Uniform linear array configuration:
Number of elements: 12
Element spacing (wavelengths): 0.5
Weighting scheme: binomial
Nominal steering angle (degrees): -60
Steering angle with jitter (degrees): -61.818
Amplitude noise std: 0.05
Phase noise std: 0.05

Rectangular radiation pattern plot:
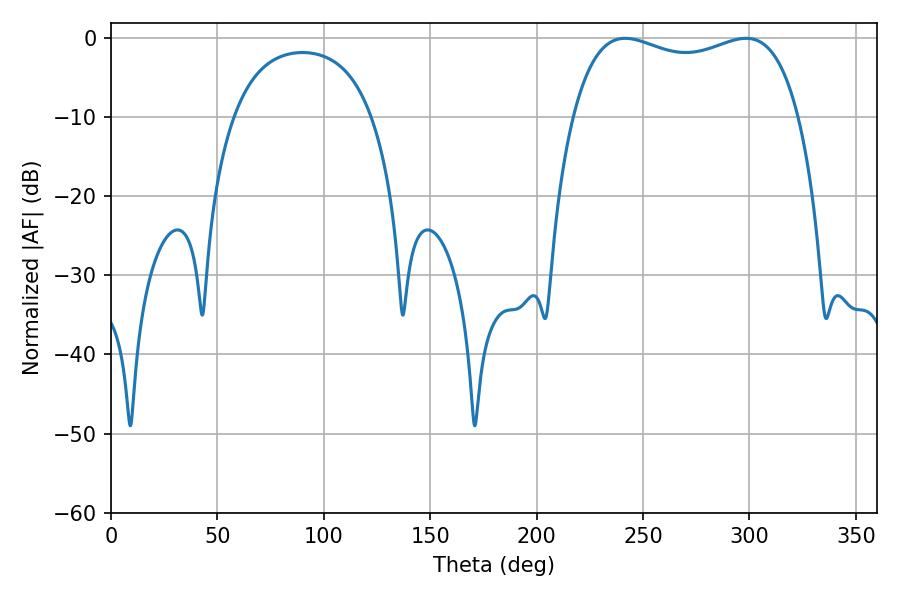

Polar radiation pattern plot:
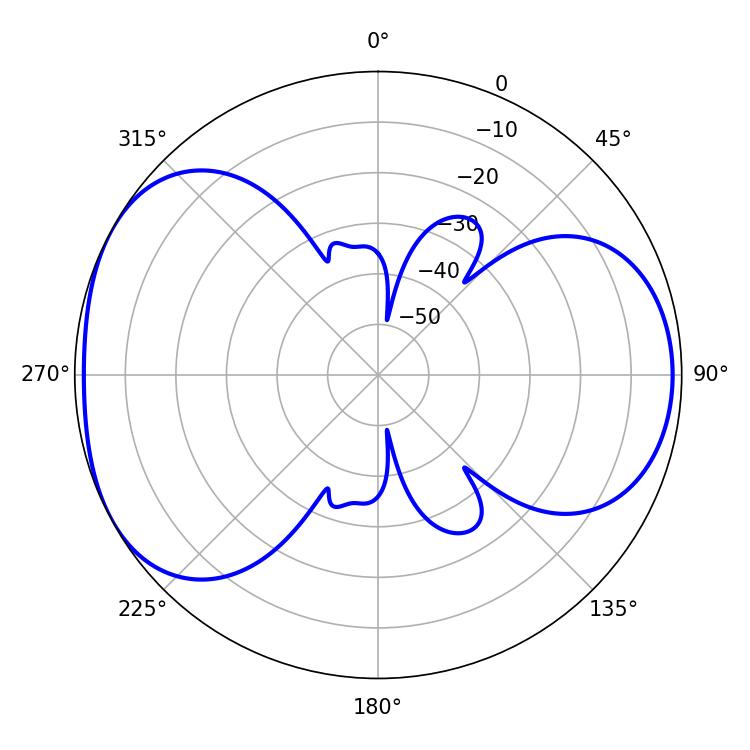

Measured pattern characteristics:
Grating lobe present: FALSE
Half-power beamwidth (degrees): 87.12
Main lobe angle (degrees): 241.56